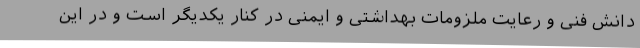
دانش فنی و رعایت ملزومات بهداشتی و ایمنی در کنار یکدیگر است و در این